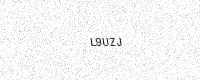
Text: L9UZJ